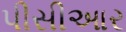
પીસીઆર